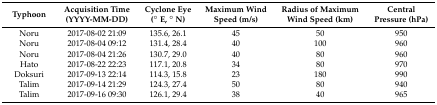
<table><thead><tr><td><b>Typhoon</b></td><td><b>Acquisition Time (YYYY-MM-DD)</b></td><td><b>Cyclone Eye (° E, ° N)</b></td><td><b>Maximum Wind Speed (m/s)</b></td><td><b>Radius of Maximum Wind Speed (km)</b></td><td><b>Central Pressure (hPa)</b></td></tr></thead><tbody><tr><td>Noru</td><td>2017-08-02 21:09</td><td>135.6, 26.1</td><td>45</td><td>50</td><td>950</td></tr><tr><td>Noru</td><td>2017-08-04 09:12</td><td>131.4, 28.4</td><td>40</td><td>100</td><td>960</td></tr><tr><td>Noru</td><td>2017-08-04 21:26</td><td>130.7, 29.0</td><td>40</td><td>80</td><td>960</td></tr><tr><td>Hato</td><td>2017-08-22 22:23</td><td>117.1, 20.8</td><td>34</td><td>80</td><td>970</td></tr><tr><td>Doksuri</td><td>2017-09-13 22:14</td><td>114.3, 15.8</td><td>23</td><td>180</td><td>990</td></tr><tr><td>Talim</td><td>2017-09-14 21:29</td><td>124.3, 27.4</td><td>50</td><td>80</td><td>940</td></tr><tr><td>Talim</td><td>2017-09-16 09:30</td><td>126.1, 29.4</td><td>38</td><td>40</td><td>965</td></tr></tbody></table>